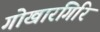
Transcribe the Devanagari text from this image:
गोखारगिरि